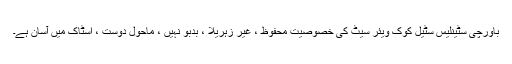
باورچی سٹینلیس سٹیل کوک ویئر سیٹ کی خصوصیت محفوظ ، غیر زہریلا ، بدبو نہیں ، ماحول دوست ، اسٹاک میں آسان ہے۔